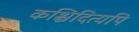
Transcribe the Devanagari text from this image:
कश्चिदित्यपि